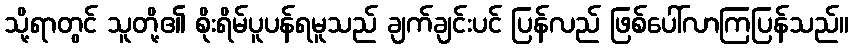
သို့ရာတွင် သူတို့၏ စိုးရိမ်ပူပန်ရမူသည် ချက်ချင်းပင် ပြန်လည် ဖြစ်ပေါ်လာကြပြန်သည်။